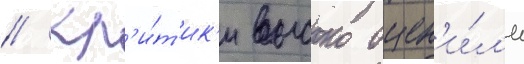
// Кр'и́т'ик'и высоко оцен'и́л'и